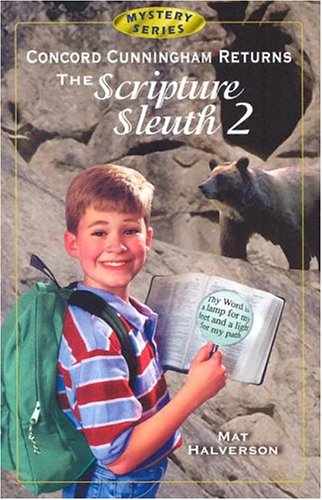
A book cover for Concord Cunningham Returns: The Scripture Sleuth 2 (Concord Cunningham Mysteries); Mat Halverson; Religion & Spirituality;